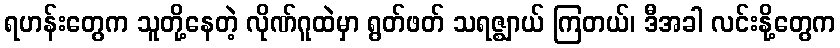
ရဟန်းတွေက သူတို့နေတဲ့ လိုဏ်ဂူထဲမှာ ရွတ်ဖတ် သရဇ္ဈာယ် ကြတယ်၊ ဒီအခါ လင်းနို့တွေက